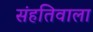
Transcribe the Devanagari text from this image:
संहतिवाला